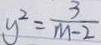
y ^ { 2 } = \frac { 3 } { m - 2 }